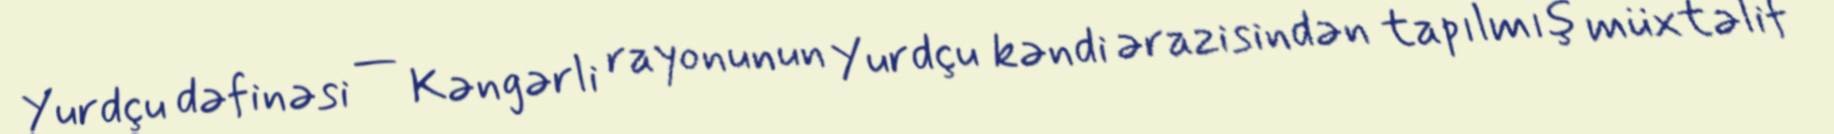
Yurdçu dəfinəsi — Kəngərli rayonunun Yurdçu kəndi ərazisindən tapılmış müxtəlif